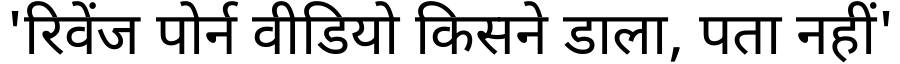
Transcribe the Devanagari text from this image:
'रिवेंज पोर्न वीडियो किसने डाला, पता नहीं'